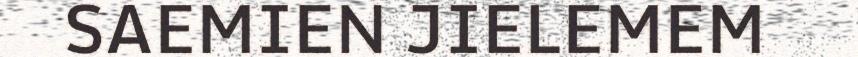
SAEMIEN JIELEMEM